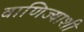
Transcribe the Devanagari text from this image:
वाणिज्याशी